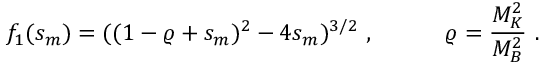
f _ { 1 } ( s _ { m } ) = ( ( 1 - \varrho + s _ { m } ) ^ { 2 } - 4 s _ { m } ) ^ { 3 / 2 } ~ , \qquad \quad \varrho = \frac { M _ { K } ^ { 2 } } { M _ { B } ^ { 2 } } ~ .